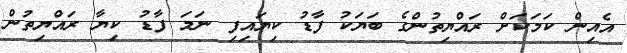
އެއިން ކަމަކަށް ރައްޔިތުންގެ ބަޔަކު ފާޑު ކިޔައިފި ނަމަ ފާޑު ކިޔާ ރައްޔިތުން